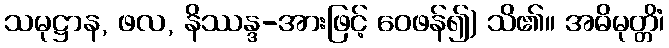
သမုဋ္ဌာန, ဖလ, နိဿန္ဒ-အားဖြင့် ဝေဖန်၍) သိ၏။ အဓိမုတ္တိံ၊